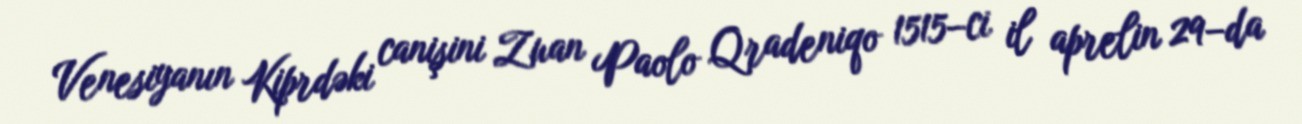
Venesiyanın Kiprdəki canişini Zuan Paolo Qradeniqo 1515–ci il aprelin 29–da